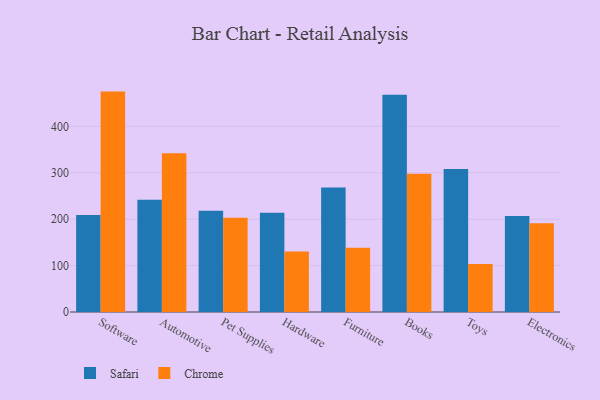
{"axis": {"x": "Category", "y": "Conversion Rate (%)"}, "legend": ["Chrome", "Safari"], "data": [{"x": "Software", "y": 209.2, "type": "Safari"}, {"x": "Software", "y": 474.9, "type": "Chrome"}, {"x": "Automotive", "y": 241.7, "type": "Safari"}, {"x": "Automotive", "y": 342.0, "type": "Chrome"}, {"x": "Pet Supplies", "y": 218.1, "type": "Safari"}, {"x": "Pet Supplies", "y": 203.2, "type": "Chrome"}, {"x": "Hardware", "y": 213.8, "type": "Safari"}, {"x": "Hardware", "y": 130.2, "type": "Chrome"}, {"x": "Furniture", "y": 268.2, "type": "Safari"}, {"x": "Furniture", "y": 138.6, "type": "Chrome"}, {"x": "Books", "y": 468.0, "type": "Safari"}, {"x": "Books", "y": 298.0, "type": "Chrome"}, {"x": "Toys", "y": 307.9, "type": "Safari"}, {"x": "Toys", "y": 103.3, "type": "Chrome"}, {"x": "Electronics", "y": 207.1, "type": "Safari"}, {"x": "Electronics", "y": 191.3, "type": "Chrome"}]}